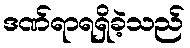
ဒဏ်ရာရရှိခဲ့သည်